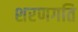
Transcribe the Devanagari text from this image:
शरणगति